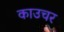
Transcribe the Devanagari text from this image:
काउचर